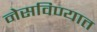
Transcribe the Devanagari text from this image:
नेसविण्यात